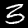
Digit: 3